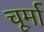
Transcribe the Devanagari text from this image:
चूर्मा